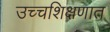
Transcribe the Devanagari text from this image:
उच्चशिक्षणात